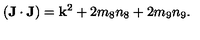
( { \bf J } \cdot { \bf J } ) = { \bf k } ^ { 2 } + 2 m _ { 8 } n _ { 8 } + 2 m _ { 9 } n _ { 9 } .